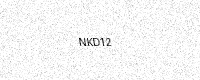
Text: NKD12